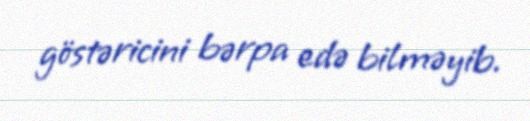
göstəricini bərpa edə bilməyib.